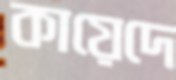
কায়েদে